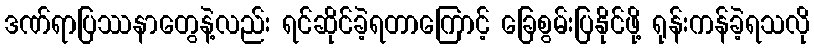
ဒဏ်ရာပြဿနာတွေနဲ့လည်း ရင်ဆိုင်ခဲ့ရတာကြောင့် ခြေစွမ်းပြနိုင်ဖို့ ရုန်းကန်ခဲ့ရသလို